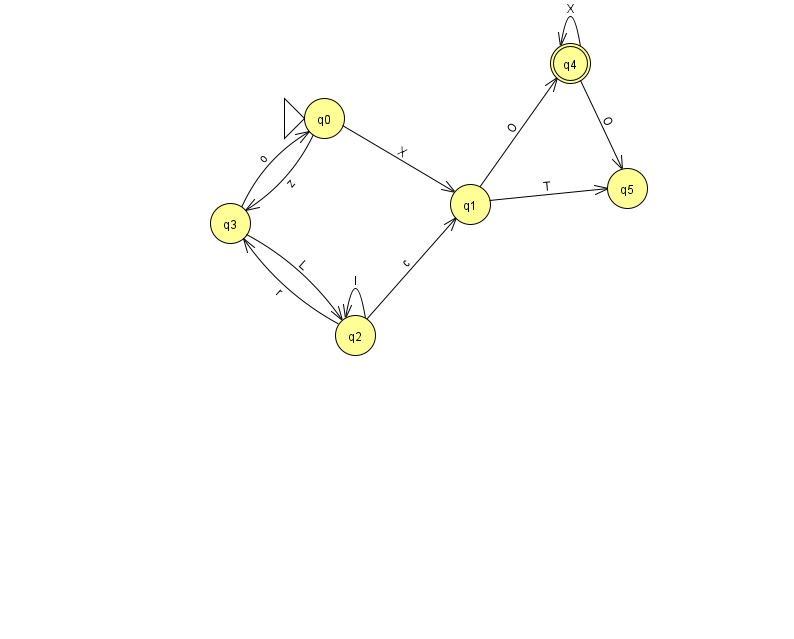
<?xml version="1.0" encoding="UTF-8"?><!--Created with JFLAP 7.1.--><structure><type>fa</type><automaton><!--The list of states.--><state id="0" name="q0"><x>324.0</x><y>105.0</y><initial/></state><state id="1" name="q1"><x>470.0</x><y>191.0</y></state><state id="2" name="q2"><x>355.0</x><y>322.0</y></state><state id="3" name="q3"><x>230.0</x><y>210.0</y></state><state id="4" name="q4"><x>570.0</x><y>50.0</y><final/></state><state id="5" name="q5"><x>627.0</x><y>175.0</y></state><!--The list of transitions.--><transition><from>1</from><to>5</to><read>T</read></transition><transition><from>3</from><to>2</to><read>L</read></transition><transition><from>1</from><to>4</to><read>O</read></transition><transition><from>4</from><to>4</to><read>X</read></transition><transition><from>0</from><to>1</to><read>X</read></transition><transition><from>2</from><to>2</to><read>I</read></transition><transition><from>2</from><to>3</to><read>r</read></transition><transition><from>3</from><to>0</to><read>o</read></transition><transition><from>2</from><to>1</to><read>c</read></transition><transition><from>0</from><to>3</to><read>z</read></transition><transition><from>4</from><to>5</to><read>O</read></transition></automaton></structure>